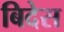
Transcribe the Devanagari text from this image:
बिदेस